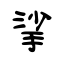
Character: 挲